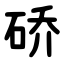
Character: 硚